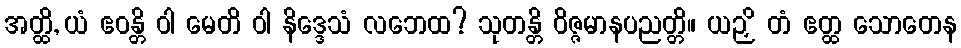
အတ္ထိ, ယံ ဧဝန္တိ ဝါ မေတိ ဝါ နိဒ္ဒေသံ လဘေထ? သုတန္တိ ဝိဇ္ဇမာနပညတ္တိ။ ယဉှိ တံ ဧတ္ထ သောတေန